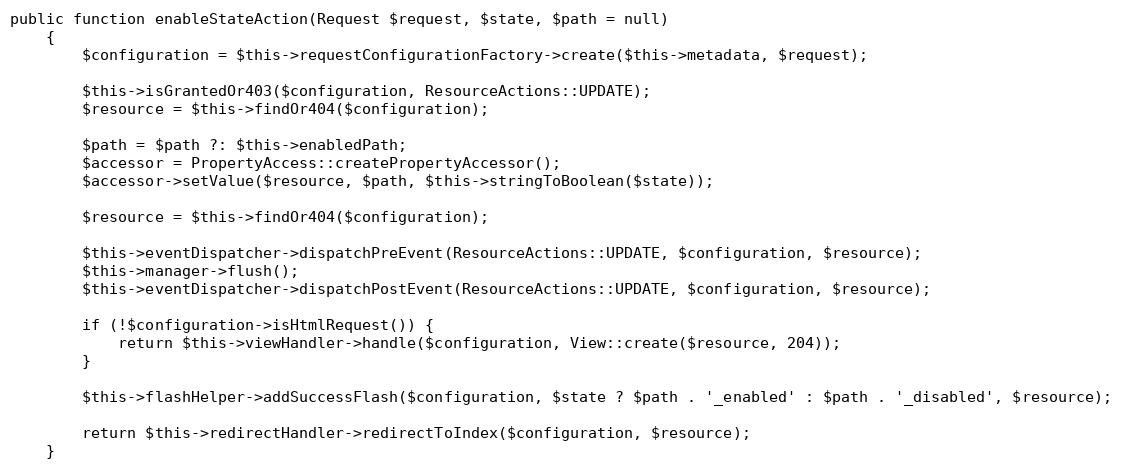
Language: PHP
public function enableStateAction(Request $request, $state, $path = null)
    {
        $configuration = $this->requestConfigurationFactory->create($this->metadata, $request);

        $this->isGrantedOr403($configuration, ResourceActions::UPDATE);
        $resource = $this->findOr404($configuration);

        $path = $path ?: $this->enabledPath;
        $accessor = PropertyAccess::createPropertyAccessor();
        $accessor->setValue($resource, $path, $this->stringToBoolean($state));

        $resource = $this->findOr404($configuration);

        $this->eventDispatcher->dispatchPreEvent(ResourceActions::UPDATE, $configuration, $resource);
        $this->manager->flush();
        $this->eventDispatcher->dispatchPostEvent(ResourceActions::UPDATE, $configuration, $resource);

        if (!$configuration->isHtmlRequest()) {
            return $this->viewHandler->handle($configuration, View::create($resource, 204));
        }

        $this->flashHelper->addSuccessFlash($configuration, $state ? $path . '_enabled' : $path . '_disabled', $resource);

        return $this->redirectHandler->redirectToIndex($configuration, $resource);
    }